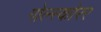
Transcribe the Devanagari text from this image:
गोल्स्कोरर